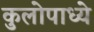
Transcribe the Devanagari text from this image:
कुलोपाध्ये